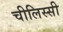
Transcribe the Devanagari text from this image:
चीलिस्सी